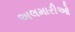
અલમારીઓ